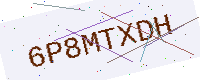
Text: 6P8MTXDH